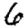
Digit: 6